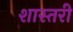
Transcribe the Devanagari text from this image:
शास्तरी